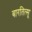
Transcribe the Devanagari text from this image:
बारतित्सू